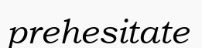
prehesitate